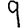
Digit: 9